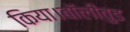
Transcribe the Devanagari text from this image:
किया।बॉलीवुड